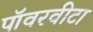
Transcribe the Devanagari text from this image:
पॉवरवीटा